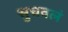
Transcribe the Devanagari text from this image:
सुचवलं